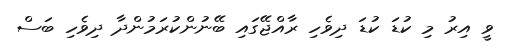
ވީ އިރު މި ކުޑަ ކުޑަ ދިވެހި ރާއްޖޭގައި ބޭނުންކުރަމުންދާ ދިވެހި ބަސް